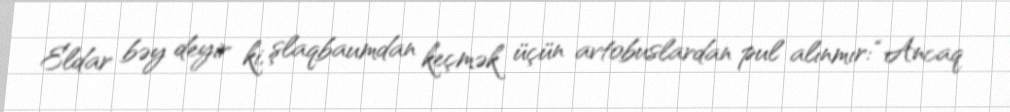
Eldar bəy deyir ki, şlaqbaumdan keçmək üçün avtobuslardan pul alınmır: “Ancaq